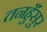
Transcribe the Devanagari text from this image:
तनहुँसुर